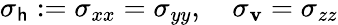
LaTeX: \sigma_{\mathsf{h}}:=\sigma_{xx}=\sigma_{yy},\quad\sigma_{\mathbf{v}}=\sigma_{zz}